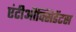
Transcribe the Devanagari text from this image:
एंटीऔक्सिडेंटस